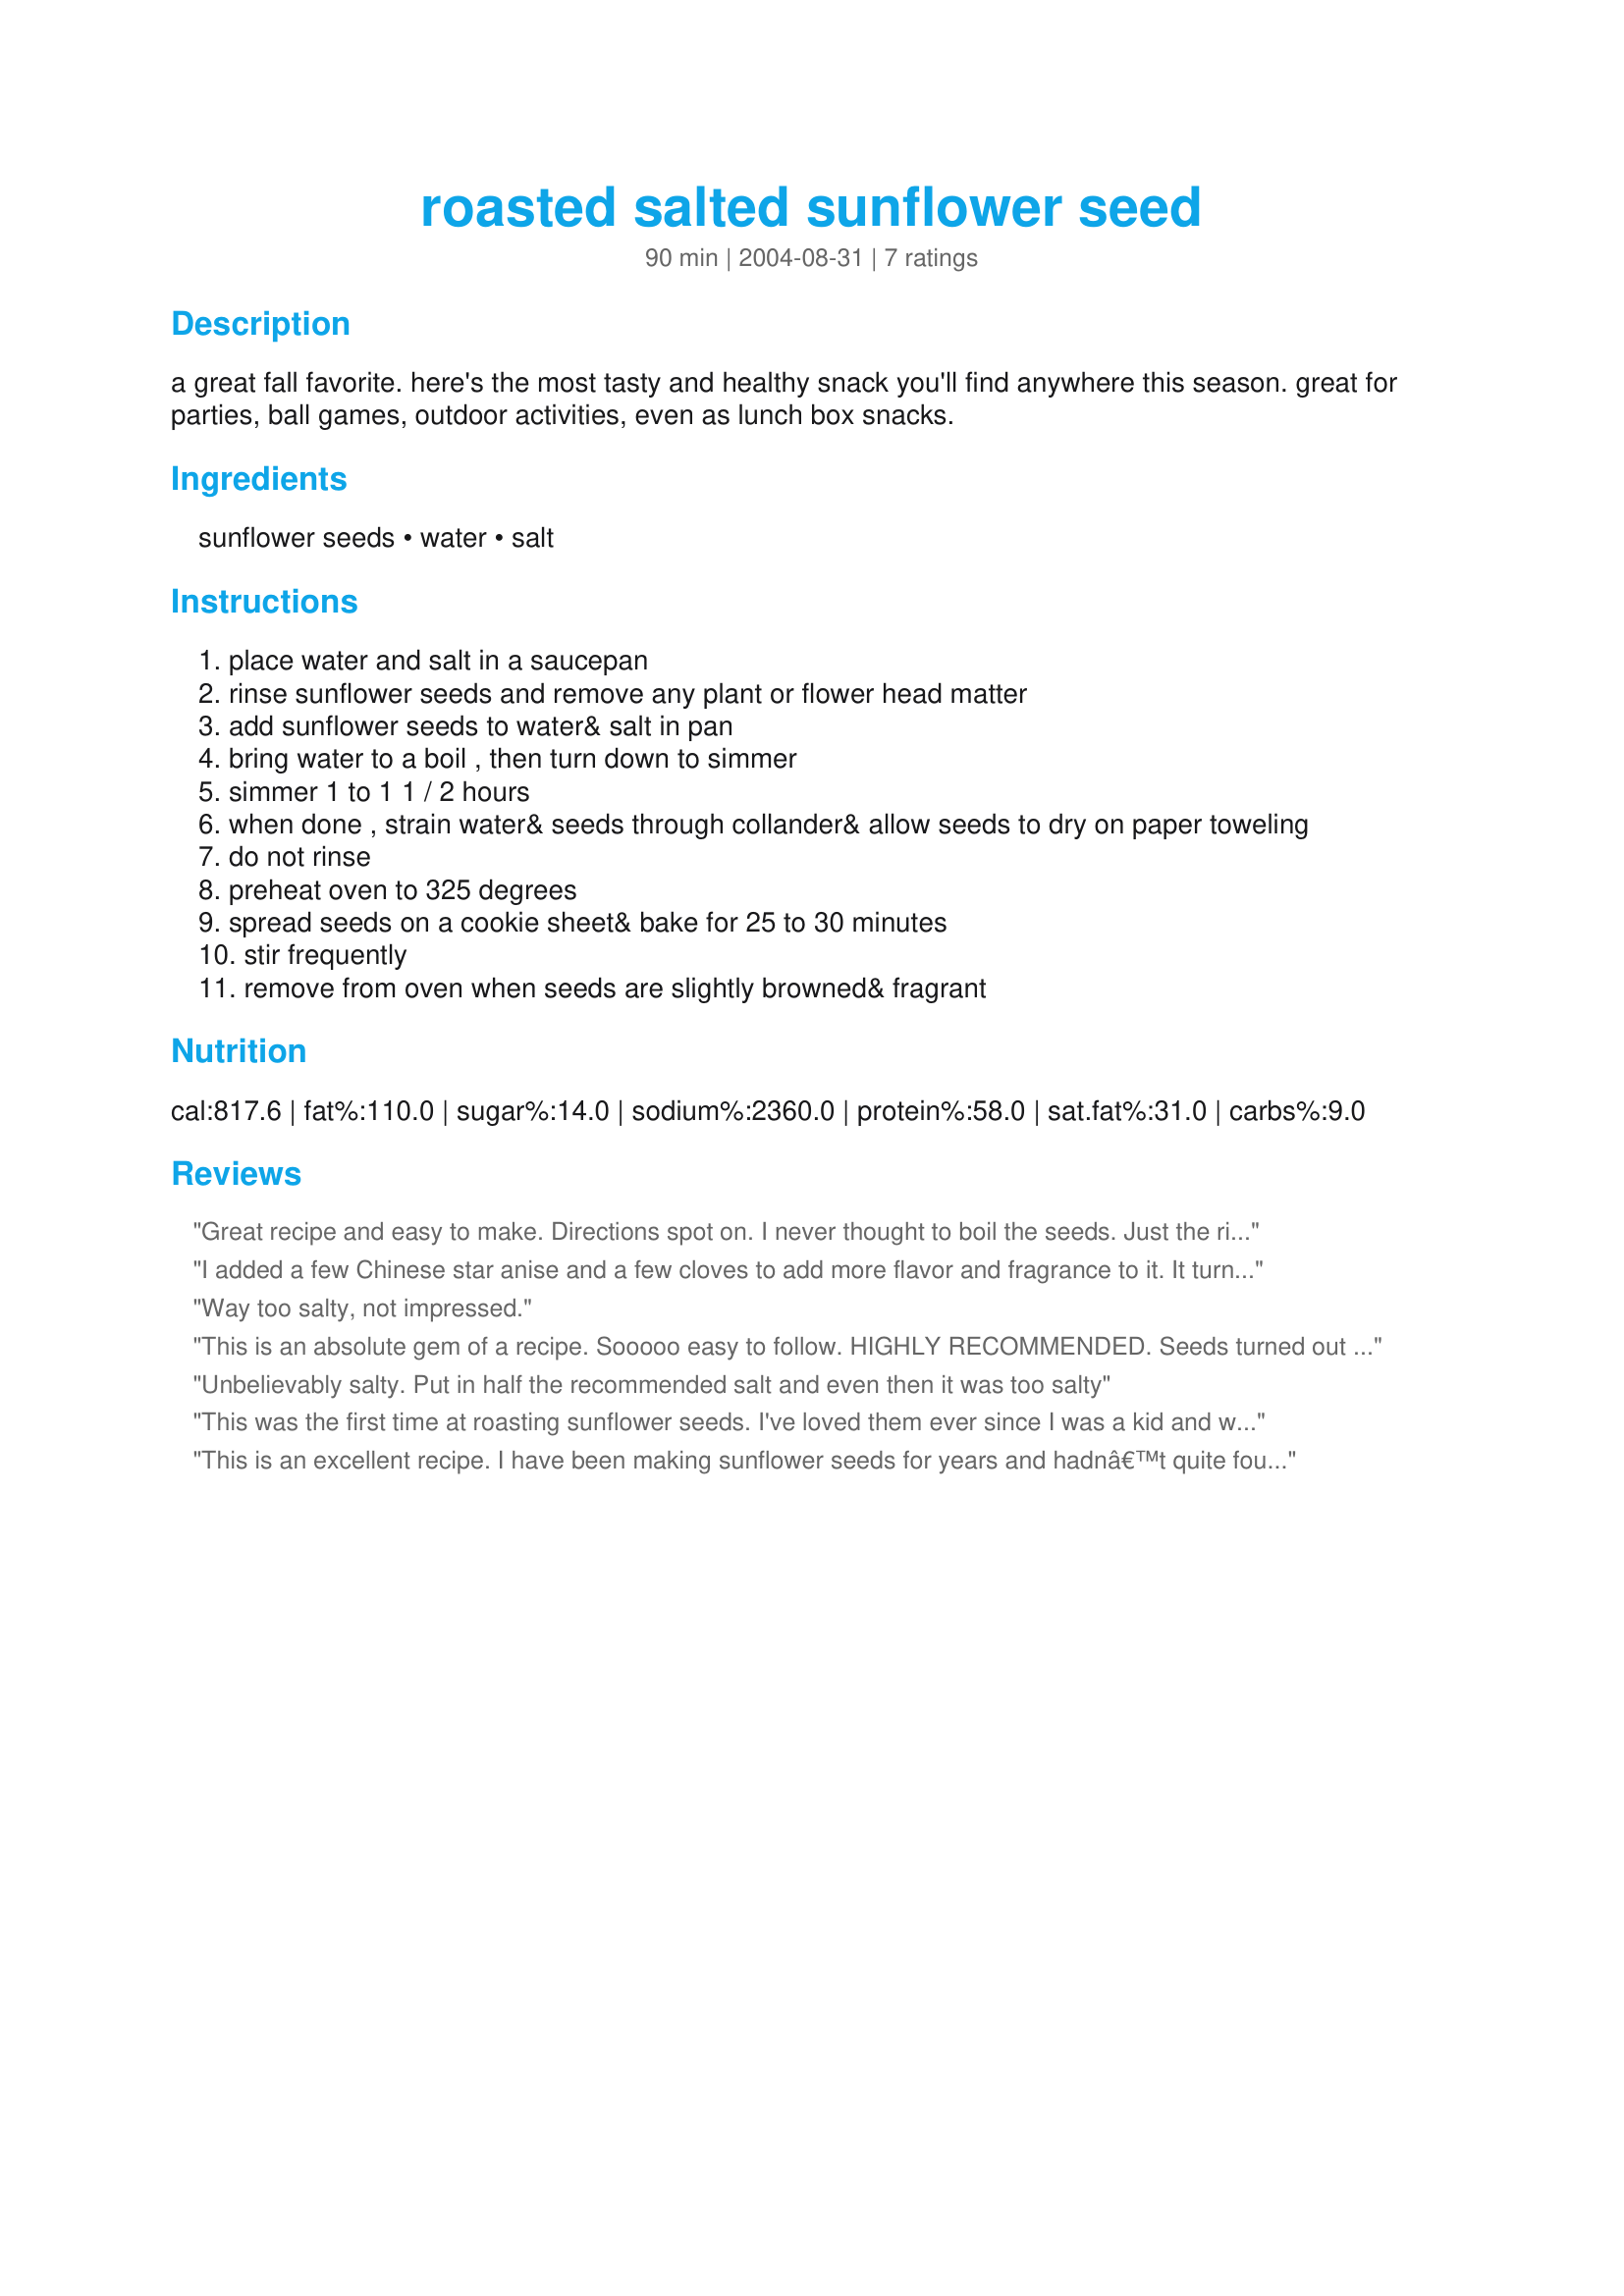
roasted salted sunflower seed
Preparation time: 90 minutes

a great fall favorite. here's the most tasty and healthy snack you'll find anywhere this season. great for parties, ball games, outdoor activities, even as lunch box snacks.

Ingredients:
sunflower seeds, water, salt

Steps:
place water and salt in a saucepan
rinse sunflower seeds and remove any plant or flower head matter
add sunflower seeds to water& salt in pan
bring water to a boil , then turn down to simmer
simmer 1 to 1 1 / 2 hours
when done , strain water& seeds through collander& allow seeds to dry on paper toweling
do not rinse
preheat oven to 325 degrees
spread seeds on a cookie sheet& bake for 25 to 30 minutes
stir frequently
remove from oven when seeds are slightly browned& fragrant

Reviews:
Great recipe and easy to make. Directions spot on. I never thought to boil the seeds. Just the right amount of salty!
I added a few Chinese star anise and a few cloves to add more flavor and fragrance to it. It turned out just like the ones you buy from Asian market. Thanks for the recipe.
Way too salty, not impressed.
This is an absolute gem of a recipe. Sooooo easy to follow. HIGHLY RECOMMENDED. Seeds turned out perfectly. Soft inside and nice and salty shell. If you want a brown inside and burnt shell cook it 10 minuets longer, (ha ha). Just follow recipe for a perfect seed.
Unbelievably salty. Put in half the recommended salt and even then it was too salty
This was the first time at roasting sunflower seeds. I've loved them ever since I was a kid and wanted to try roasting my own. This method worked perfectly! Boiled them for a full 1 1/2 hours. I used 2 cups of seeds instead of the 1 cup that was called for in the recipe. I used a large shallow casserole pan which easily held the whole batch. I stirred them at 10 minutes and at 20 minutes, then stirred them every 5 minutes until they were a perfect light golden brown. They were salted just right, not oily whatsoever, and super flavorful!
This is an excellent recipe. I have been making sunflower seeds for years and hadnâ€™t quite found a favorite now I have. I thought it was strange to boil them, but I try it out anyway and was glad I did. Thanks!
